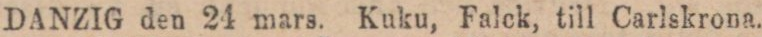
DANZIG den 24 mars. Kuku, Falck, till Carlskrona.